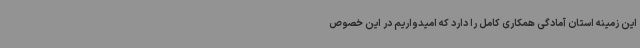
این زمینه استان آمادگی همکاری کامل را دارد که امیدواریم در این خصوص